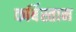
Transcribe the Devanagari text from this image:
कर्बिस्तान